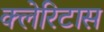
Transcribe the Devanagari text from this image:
क्लेरिटास